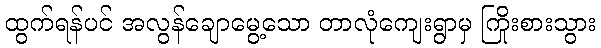
ထွက်ရန်ပင် အလွန်ချောမွေ့သော တာလုံကျေးရွာမှ ကြိုးစားသွား